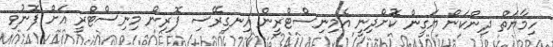
ހިމާޔަތް ދިންކަން ޔަގީން ކޮށްދިނީ އެމިނިސްޓްރީން އިނގިރޭސި ފޮރިން މިނިސްޓްރީ އަށް ފޮނުވި